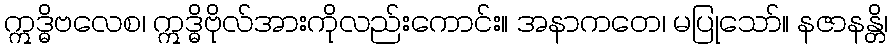
ဣဒ္ဓိဗလေစ၊ ဣဒ္ဓိဗိုလ်အားကိုလည်းကောင်း။ အနာကတေ၊ မပြုသော်။ နဇာနန္တိ၊